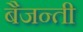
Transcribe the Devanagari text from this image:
बैजन्ती